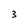
Character: 3